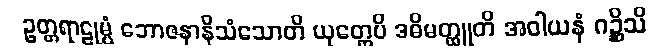
ဥတ္တရာဠုမ္ပံ ဘောဇနာနိသံသောတိ ယုတ္တေပိ ဒဓိမတ္ထူတိ အဝါယနံ ဂဉ္ဆိသိ